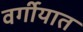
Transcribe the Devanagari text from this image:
वर्गीयात